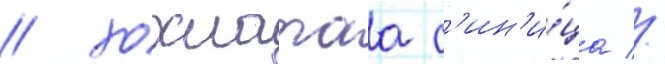
/ хохлатаа с'ин'и́ца //